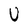
Character: U